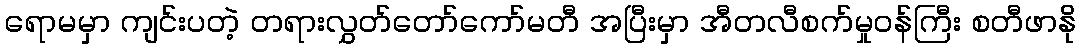
ရောမမှာ ကျင်းပတဲ့ တရားလွှတ်တော်ကော်မတီ အပြီးမှာ အီတလီစက်မှုဝန်ကြီး စတီဖာနို